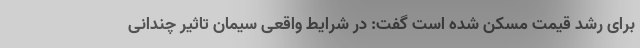
برای رشد قیمت مسکن شده است گفت: در شرایط واقعی سیمان تاثیر چندانی